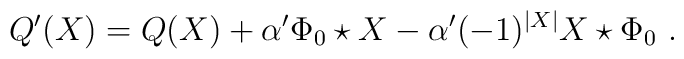
Q'(X)=Q(X)+\alpha'\Phi_0\star X-\alpha'(-1)^{|X|}X\star \Phi_0 \ .